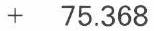
+  75.368